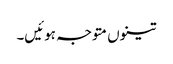
تینوں متوجہ ہوئیں۔